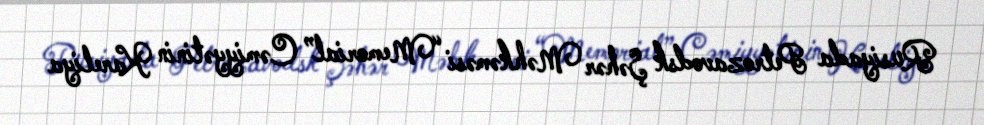
Rusiyada Petrozavodsk Şəhər Məhkəməsi “Memorial” Cəmiyyətinin Kareliya